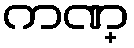
ကဏ္